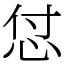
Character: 怤